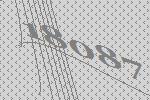
18087